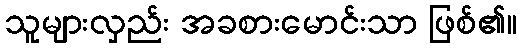
သူများလှည်း အခစားမောင်းသာ ဖြစ်၏။